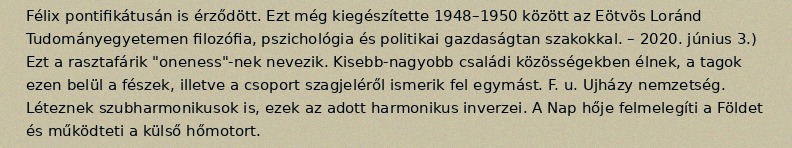
Félix pontifikátusán is érződött. Ezt még kiegészítette 1948–1950 között az Eötvös Loránd Tudományegyetemen filozófia, pszichológia és politikai gazdaságtan szakokkal. – 2020. június 3.) Ezt a rasztafárik "oneness"-nek nevezik. Kisebb-nagyobb családi közösségekben élnek, a tagok ezen belül a fészek, illetve a csoport szagjeléről ismerik fel egymást. F. u. Ujházy nemzetség. Léteznek szubharmonikusok is, ezek az adott harmonikus inverzei. A Nap hője felmelegíti a Földet és működteti a külső hőmotort.